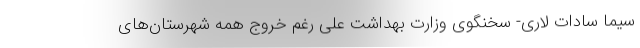
سیما سادات لاری- سخنگوی وزارت بهداشت علی رغم خروج همه شهرستان‌های